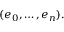
( e _ { 0 } , \dots , e _ { n } ) .